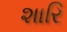
શારિ